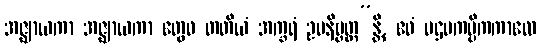
အဇ္ဈာယကာ အဇ္ဈာယကာ တွေဝ တတိယံ အက္ခရံ ဥပနိဗ္ဗတ္တ”န္တိ, ဧဝံ ပဌမကပ္ပိကကာလေ